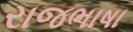
રાજભાષા